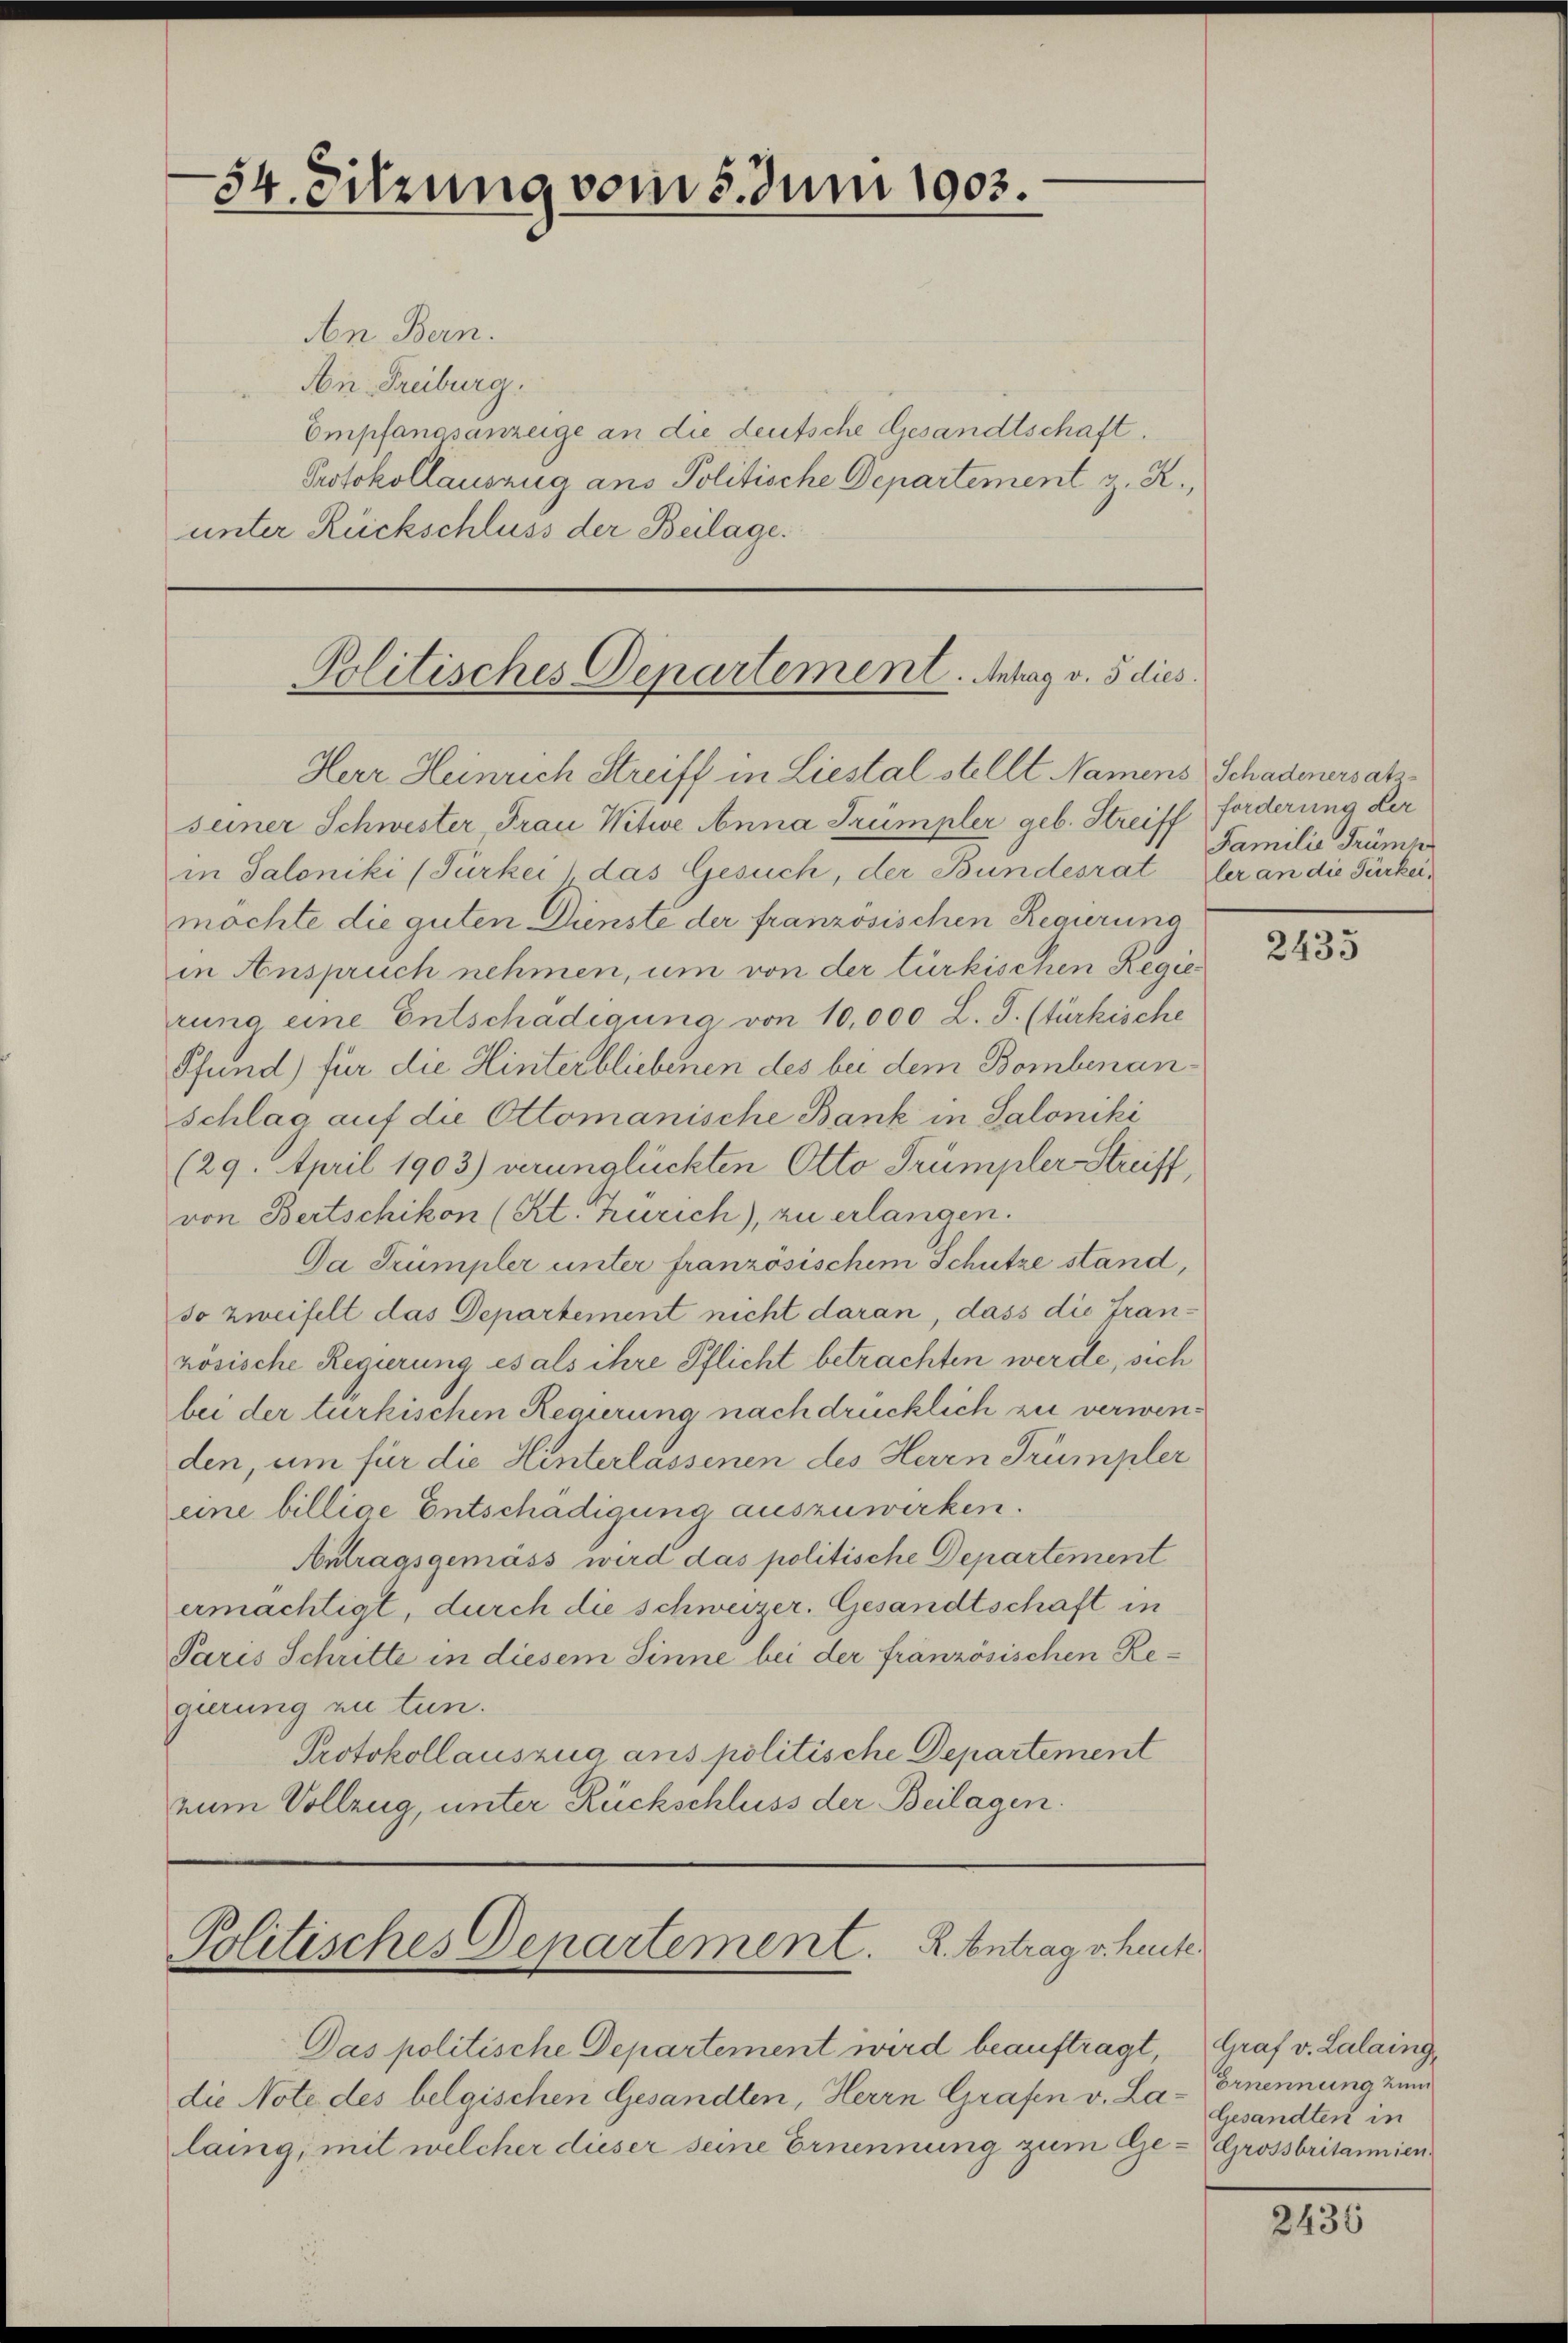
Aen Bern.
An Freiburg.
Empfangsanzeige an die deutsche Gesandtschaft.
Protokollauszug ans Politische Departement z. R.,
unter Rückschluss der Beilage.

54. Sitzung vom 5. Juni 1903.

Politisches Departement. Antrag v. 5 dies
Herr Heinrich Streiff in Liestal stellt Namens Schadenersatz

seiner Schwester Frau Witwe Anna Trümpler geb. Streiff Forderung der
in Saloniki (Türkei das Gesuch, der Bundesrat ler an die Türkeimochte die guten Dienste der französischen Regierung
in Anspruch nehmen, um von der türkischen Regierung eine Entschädigung von 10,000 L. J. (türkische
Pfund) für die Hinterbliebenen des bei dem Bombenanschlag auf die Ottomanische Bank in Saloniki
(29. April 1903) verunglückten Otto Trümpler Streiff,
von Bertschikon (Kt. Zürich), zu erlangen.
Da Trümpler unter französischem Schütze stand,
so zweifelt das Departement nicht daran dass die Franrösische Regierung es als ihre Pflicht betrachten werde, sich
bei der türkischen Regierung nach drücklich zu verwenden, um für die Hinterlassenen des Herrn Trümpler
eine billige Entschädigung auszuwerken.
Antragsgemäss wird das politische Departement
ermachtigt, durch die schweizer. Gesandtschaft in
Paris Schritte in diesem Sinne bei der französischen Regierung zu tun.
Protokollauszug aus politische Departement
num Vollzug, unter Rückschluss der Beilagen.

Politisches Departement. R. Antrag v. heute

Das politische Departement wird beauftragt,
die Note des belgischen Gesandten, Herrn Grafen v. Lalaing, mit welcher dieser seine Ernennung zum Ge¬

Familie Trümp

2433

Graf v. Lalaing,
Ernennung zum
Gesandten in
Grossbritannien.

2436